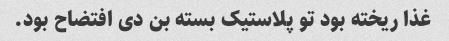
غذا ریخته بود تو پلاستیک بسته بن دی افتضاح بود.